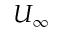
U _ { \infty }